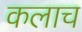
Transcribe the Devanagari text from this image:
कलाच